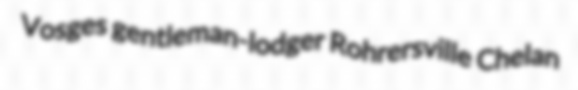
Vosges gentleman-lodger Rohrersville Chelan